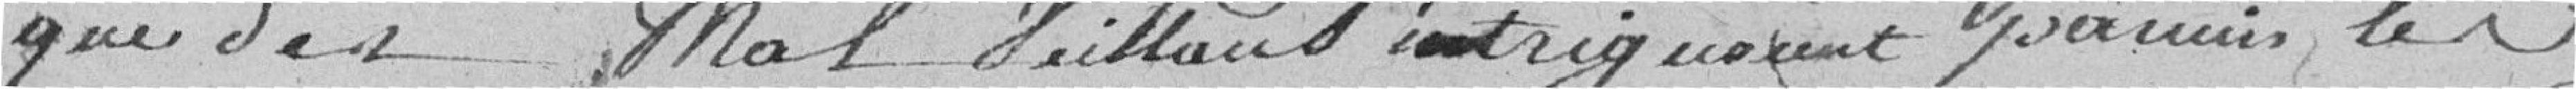
que des malveillants intriguaient parmi les